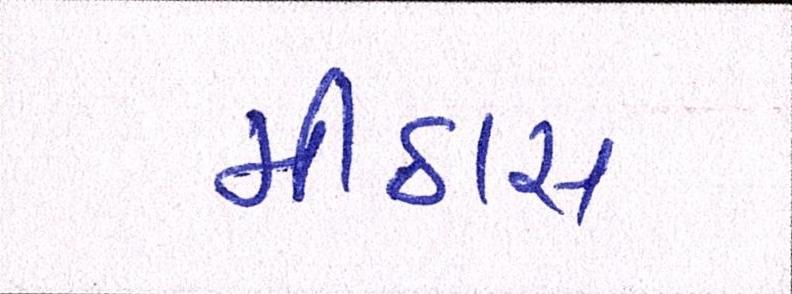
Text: મીઠાસ